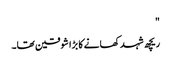
"
ریچھ شہد کھانے کا بڑا شوقین تھا۔